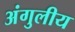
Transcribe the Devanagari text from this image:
अंगुलीय